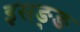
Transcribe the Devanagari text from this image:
इसङ्ङ